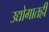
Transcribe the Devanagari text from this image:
उद्योगातही